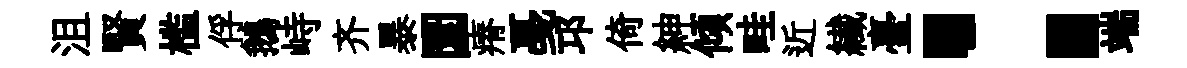
沮賢槛俘鵝峙齐暴圜瘠戞邛倚紳傾畦近纎臺：端